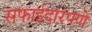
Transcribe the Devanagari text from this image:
सफाईदारपणे